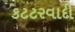
કટટરવાદી